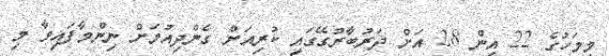
މިމަހުގެ 22 އިން 28 އަށް ދަރުބާރުގޭގައި ކުރިއަށް ގެންދިއުމަށް ނިންމާފައިވާ މި